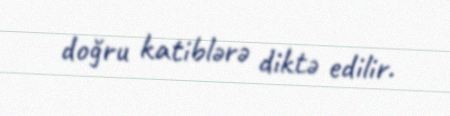
doğru katiblərə diktə edilir.